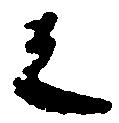
之